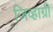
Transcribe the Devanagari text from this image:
जिव्हाग्री